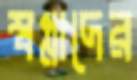
স্বপ্নাদের